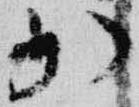
加